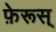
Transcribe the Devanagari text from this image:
फ़ेरूस्